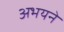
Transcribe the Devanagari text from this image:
अभयने